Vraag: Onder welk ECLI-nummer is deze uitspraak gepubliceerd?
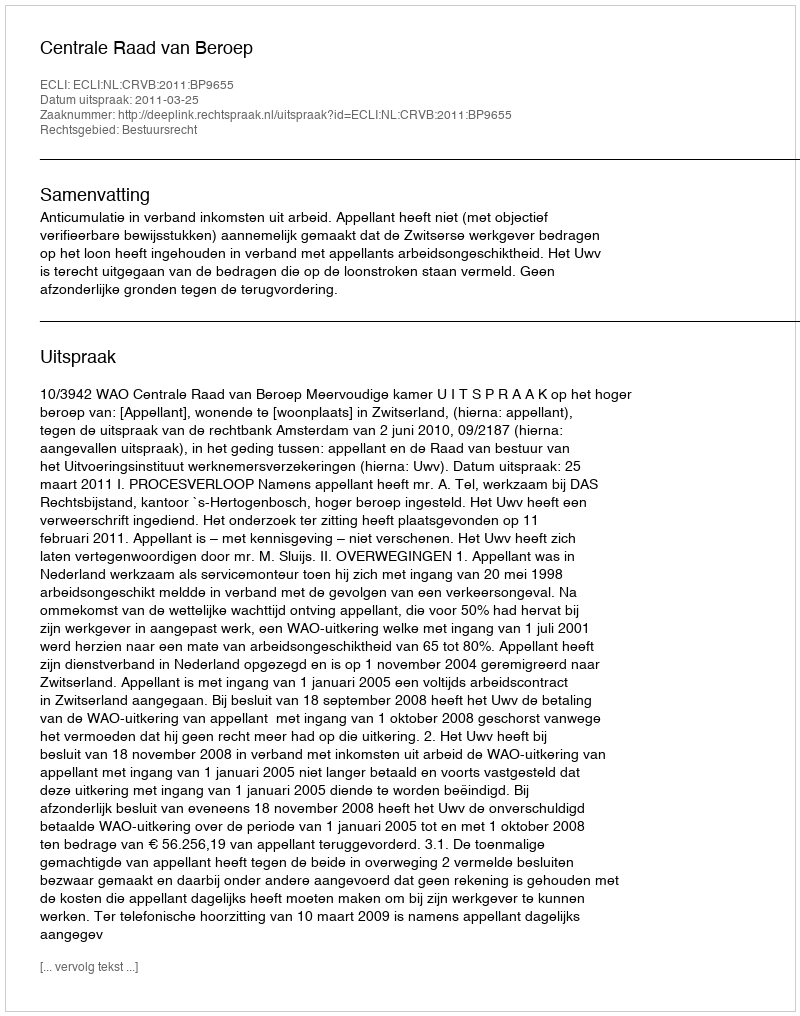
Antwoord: ECLI:NL:CRVB:2011:BP9655